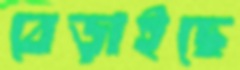
বেড়াইছে